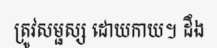
ត្រូវសម្ផស្ស ដោយកាយ។ ដឹង